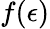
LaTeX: f(\epsilon)